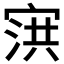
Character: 𰍌